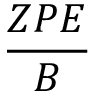
\frac { Z P E } { B }